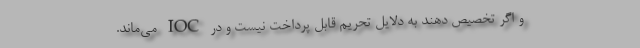
و اگر تخصیص دهند به دلایل تحریم قابل پرداخت نیست و در IOC می‌ماند.